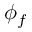
\phi _ { f }